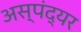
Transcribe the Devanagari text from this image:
अस्पंद्यर